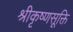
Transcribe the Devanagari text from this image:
श्रीकृष्णसूक्ति